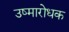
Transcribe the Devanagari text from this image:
उष्मारोधक